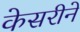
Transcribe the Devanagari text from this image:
केसरीने